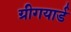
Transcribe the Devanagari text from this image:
ग्रीगयार्ड